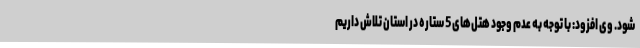
شود. وی افزود: با توجه به عدم وجود هتل‌های 5 ستاره در استان تلاش داریم